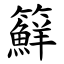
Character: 䉳